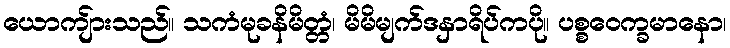
ယောကျ်ားသည်။ သကံမုခနိမိတ္တံ၊ မိမိမျက်ဒနှာရိပ်ကပို။ ပစ္စဝေက္ခမာနော၊